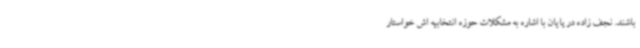
باشند. نجف زاده در پایان با اشاره به مشکلات حوزه انتخابیه اش خواستار